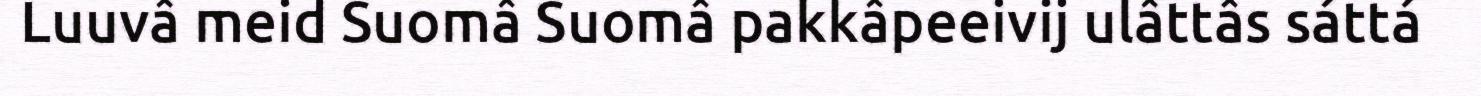
Luuvâ meid Suomâ Suomâ pakkâpeeivij ulâttâs sáttá